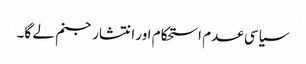
سیاسی عدم استحکام اور انتشار جنم لے گا۔